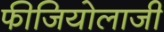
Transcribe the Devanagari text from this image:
फीजियोलाजी